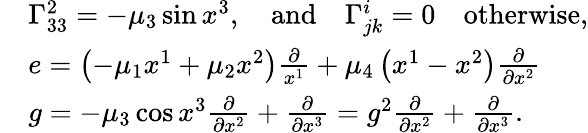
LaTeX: \begin{array}{rl}&{\Gamma_{33}^{2}=-\mu_{3}\sin x^{3},\quad\mathrm{and}\quad\Gamma_{jk}^{i}=0\quad\mathrm{otherwise},}\\ &{e=\left(-\mu_{1}x^{1}+\mu_{2}x^{2}\right)\frac{\partial}{x^{1}}+\mu_{4}\left(x^{1}-x^{2}\right)\frac{\partial}{\partial x^{2}}}\\ &{g=-\mu_{3}\cos x^{3}\frac{\partial}{\partial x^{2}}+\frac{\partial}{\partial x^{3}}=g^{2}\frac{\partial}{\partial x^{2}}+\frac{\partial}{\partial x^{3}}.}\end{array}